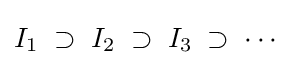
I_{1}\;\supset \;I_{2}\;\supset \;I_{3}\;\supset \;\cdots